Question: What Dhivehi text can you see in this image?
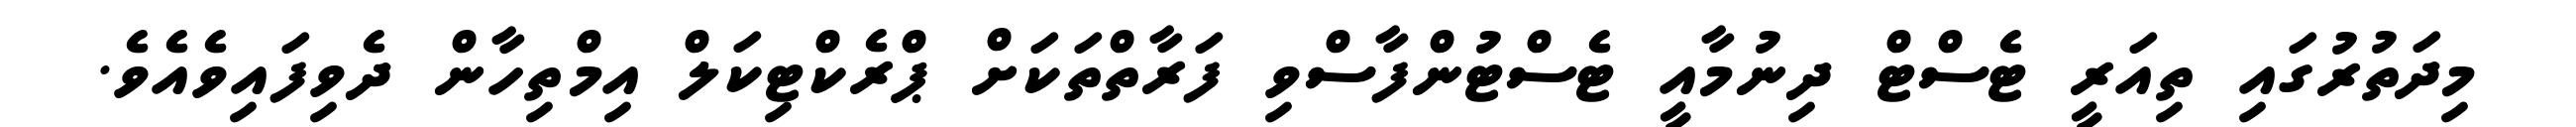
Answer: މިދަތުރުގައި ތިއަރީ ޓެސްޓް ދިނުމާއީ ޓެސްޓުންފާސްވި ފަރާތްތަކަށް ޕްރެކްޓިކަލް އިމްތިހާން ދެވިފައިވެއެވެ.